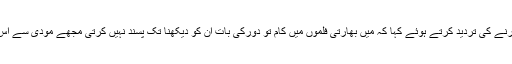
گلوکارہ رابی پیرزادہ نے بھارتی فلموں میں کام کرنے کی تردید کرتے ہوئے کہا کہ میں بھارتی فلموں میں کام تو دورکی بات ان کو دیکھنا تک پسند نہیں کرتی مجھے مودی سے اس لیے دشمنی ہے کیونکہ وہ انسانیت کا دشمن ہے۔